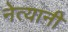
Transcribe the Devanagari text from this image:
नेत्यानी